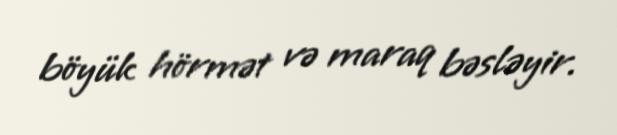
böyük hörmət və maraq bəsləyir.